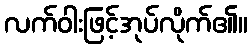
လက်ဝါးဖြင့်အုပ်လိုက်၏။